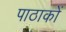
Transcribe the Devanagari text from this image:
पाठाकों